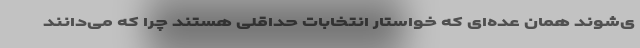
ی‌شوند همان عده‌ای که خواستار انتخابات حداقلی هستند چرا که می‌دانند